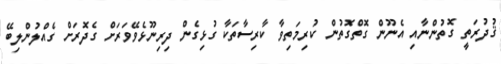
ޤުދުރަތީ ގޮތުންނާއި އެނޫން ގޮތްގޮތުން ކުރިމަތިވާ ކާރިސާތަކާ ގުޅިގެން ދިރިނޫޅެވޭވަރަށް ގެދޮރަށް ގެއްލުންލިބޭ